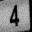
Digit: 4